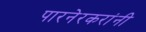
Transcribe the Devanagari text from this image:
पारनेरकरांनी